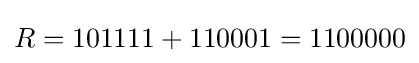
R=101111+110001=1100000